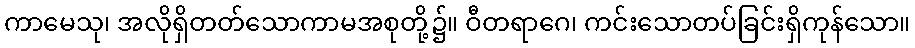
ကာမေသု၊ အလိုရှိတတ်သောကာမအစုတို့၌။ ဝီတရာဂေ၊ ကင်းသောတပ်ခြင်းရှိကုန်သော။